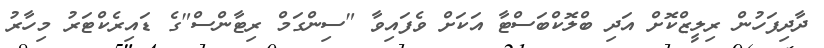
ދާދިފަހުން ރިލީޒްކޮށް އަދި ބްލޮކްބަސްޓާ އަކަށް ވެފައިވާ "ސިންގަމް ރިޓާންސް"ގެ ޑައިރެކްޓަރު މިހާރު